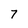
Character: 7